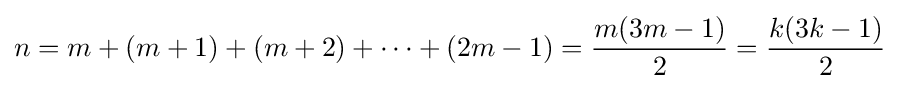
n=m+(m+1)+(m+2)+\cdots +(2m-1)={\frac {m(3m-1)}{2}}={\frac {k(3k-1)}{2}}